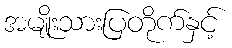
အမျိုးသားပြတိုက်နှင့်